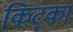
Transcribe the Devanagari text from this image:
किट्का